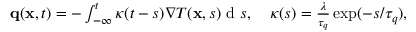
\begin{array} { r } { \mathbf q ( \mathbf x , t ) = - \int \displaylimits _ { - \infty } ^ { t } \kappa ( t - s ) \nabla T ( \mathbf x , s ) \textrm { d } s , \quad \kappa ( s ) = \frac { \lambda } { \tau _ { q } } \exp ( - s / \tau _ { q } ) , } \end{array}